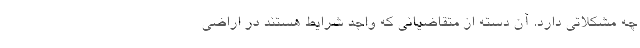
چه مشکلاتی دارد. آن دسته از متقاضیانی که واجد شرایط هستند در اراضی